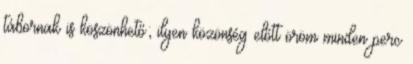
tábornak is köszönhető; ilyen közönség előtt öröm minden perc